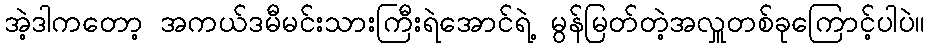
အဲ့ဒါကတော့ အကယ်ဒမီမင်းသားကြီးရဲအောင်ရဲ့ မွန်မြတ်တဲ့အလှူတစ်ခုကြောင့်ပါပဲ။